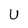
Character: U